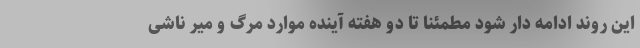
این روند ادامه دار شود مطمئنا تا دو هفته آینده موارد مرگ و میر ناشی